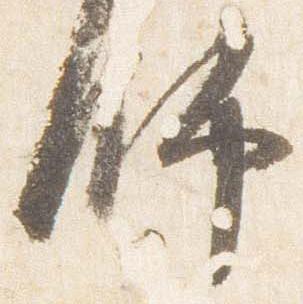
師